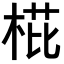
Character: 𣓋